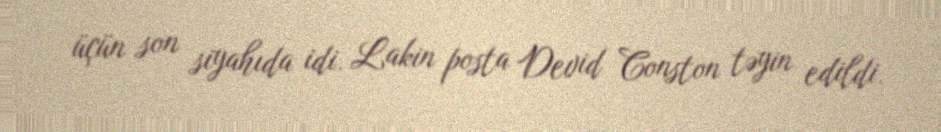
üçün son siyahıda idi. Lakin posta Devid Conston təyin edildi.